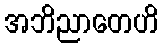
အဘိညာတေဟိ